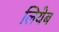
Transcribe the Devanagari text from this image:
लियेब